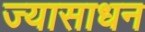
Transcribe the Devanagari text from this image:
ज्यासाधन